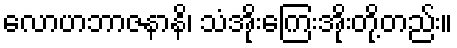
လောဟဘာဇနာနိ၊ သံအိုးကြေးအိုးတို့တည်း။